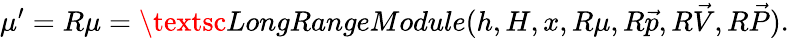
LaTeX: \mu^{\prime}=R\mu=\textsc{LongRangeModule}(h,H,x,R\mu,R\vec{p},R\vec{V},R\vec{P}).